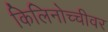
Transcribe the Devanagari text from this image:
किलिनोच्चीवर